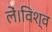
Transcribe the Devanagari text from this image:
लें।विश्व